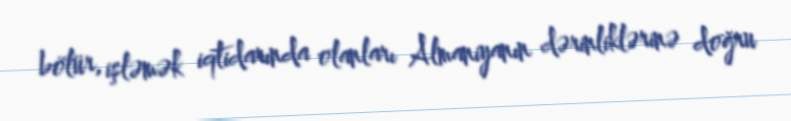
bölür, işləmək iqtidarında olanları Almaniyanın dərinliklərinə doğru